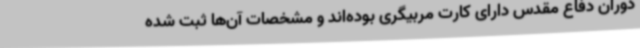
دوران دفاع مقدس دارای کارت مربیگری بوده‌اند و مشخصات آن‌ها ثبت شده